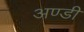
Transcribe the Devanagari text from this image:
अण्डी